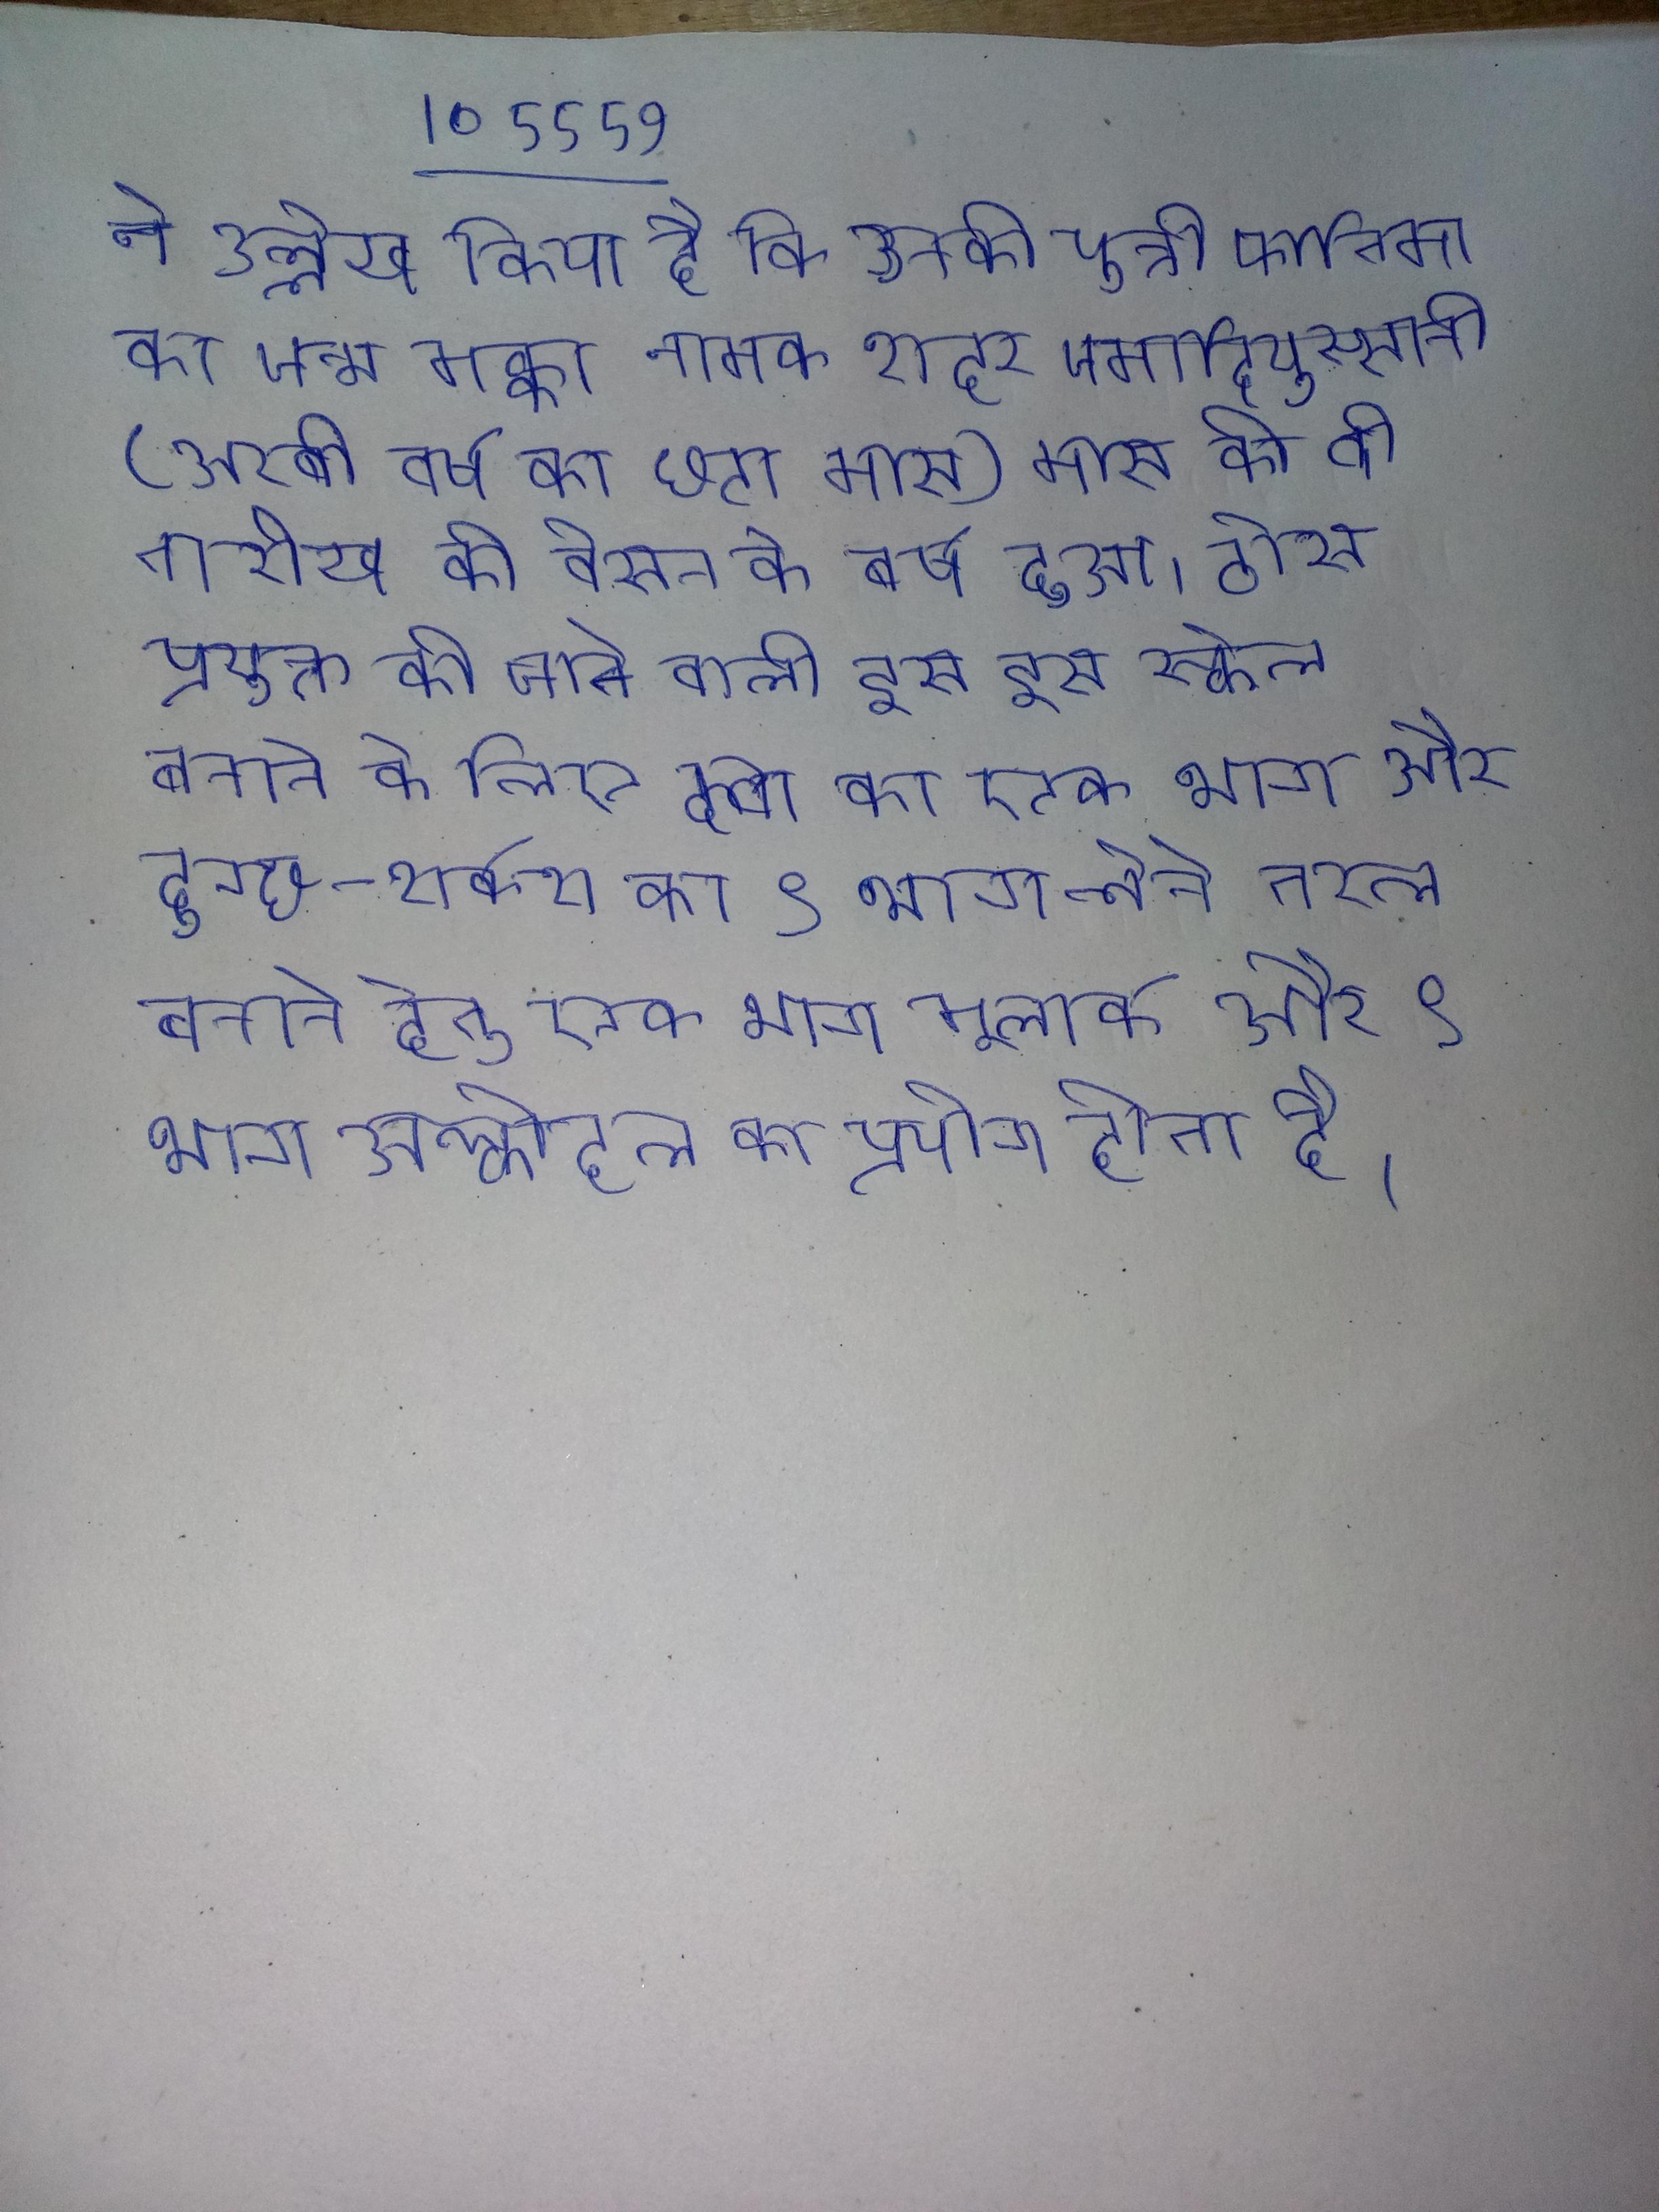
ने उल्लेख किया है कि उनकी पुत्री फातिमा का जन्म मक्का नामक शहर जमादियुस्सानी (अरबी वर्ष का छटा मास) मास की वी तारीख को बेसत के वर्ष हुआ । ठोस प्रयुक्त की जाने वाली इस इस स्केल बनाने के लिये दवा का एक भाग और दुग्ध-शर्करा का ९ भाग लेते तरल बनाने हेतु एक भाग मूलार्क और ९ भाग अल्कोहल का प्रयोग होता है ।